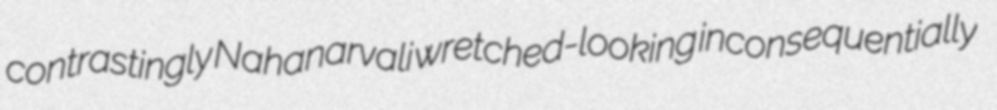
contrastingly Nahanarvali wretched-looking inconsequentially